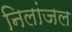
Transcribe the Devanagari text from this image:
निलांजल